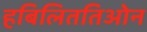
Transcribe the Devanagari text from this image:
हबिलिततिओन